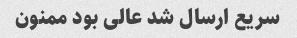
سریع ارسال شد عالی بود ممنون